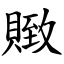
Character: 䞃